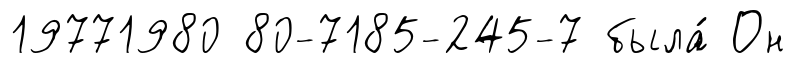
19771980 80-7185-245-7 была́ Он